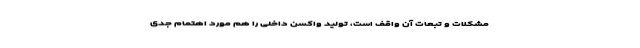
مشکلات و تبعات آن واقف است، تولید واکسن داخلی را هم مورد اهتمام جدی